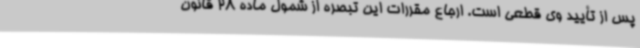
پس از تأیید وی قطعی است. ارجاع مقررات این تبصره از شمول ماده 28 قانون